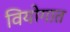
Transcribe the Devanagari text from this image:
वियोगात